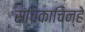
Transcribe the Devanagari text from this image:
संचिकाचिन्हे